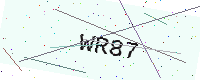
Text: WR87